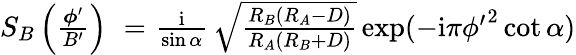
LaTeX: \begin{array}{rlr}{S_{B}\left({\frac{\boldsymbol\phi^{\prime}}{B^{\prime}}}\right)\! \! \! \! }&{{}=}&{\! \! \! \! {\frac{\mathrm{i}}{\sin\alpha}}\, \sqrt{\frac{R_{B}(R_{A}-D)}{R_{A}(R_{B}+D)}}\exp(-\mathrm{i}\pi{\phi^{\prime}}^{2}\cot\alpha)}\end{array}